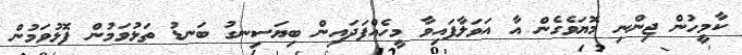
ކާމީހުން ޖިންނި މޮޔަވެގެން އާ އަވަލާފައިވާ މީހެއްފަދައިން ބިޔަސިނގު ބަނޑު ތަޅުވަމުން ފޮޅުވަމުން